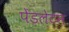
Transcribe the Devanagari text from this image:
पेंडलेटन